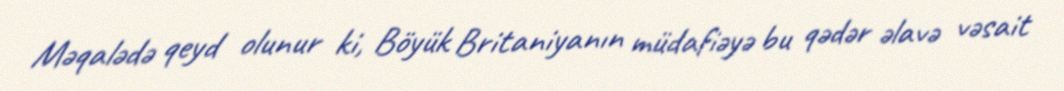
Məqalədə qeyd olunur ki, Böyük Britaniyanın müdafiəyə bu qədər əlavə vəsait